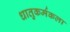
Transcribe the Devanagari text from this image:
धातुकर्मकला